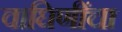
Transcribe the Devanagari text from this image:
वाघिणींचा